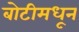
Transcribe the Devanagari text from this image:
बोटीमधून